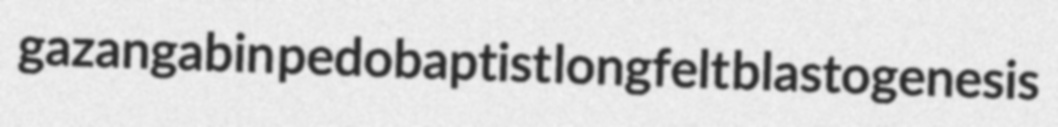
gazangabin pedobaptist longfelt blastogenesis